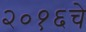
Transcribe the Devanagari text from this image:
२०१६चे